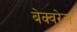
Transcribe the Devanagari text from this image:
बेक्वरेल